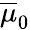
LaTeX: \overline{{\mu}}_{0}